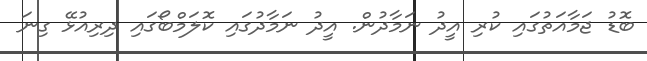
ބޮޑު ޖަމާއަތުގައި ކުރި އީދު ނަމާދުން. އީދު ނަމާދުގައި ކޮލަމްބޯގައި ދިރިއުޅޭ ގިނަ